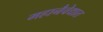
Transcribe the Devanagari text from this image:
महानैवेद्यात